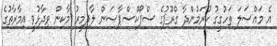
އެ މައްސަލަ ތަހުގީގު ކުރަމުންދާ ގްރޫޕުގެ ސްޕޯކްސްޕާސަން ލާދިމީރު މާކިން ވިދާޅުވީ އިމާރާތުގެ